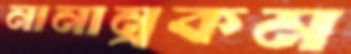
নানান্‌রকম